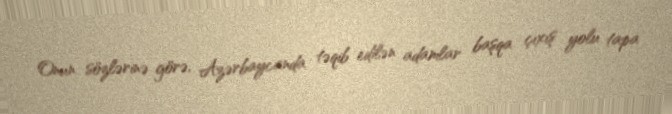
Onun sözlərinə görə, Azərbaycanda təqib edilən adamlar başqa çıxış yolu tapa